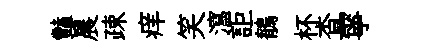
豔晨疎痒笑瀉詎鶺杯查寧